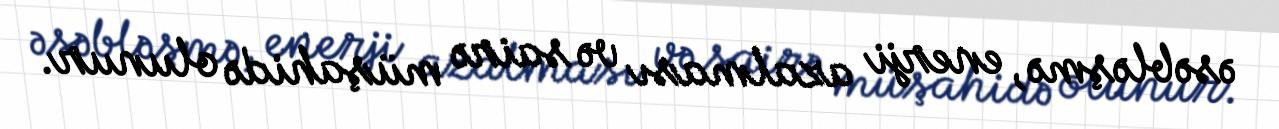
əsəbləşmə, enerji azalması və sairə müşahidə olunur.